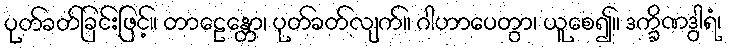
ပုတ်ခတ်ခြင်းဖြင့်။ တာဠေန္တော၊ ပုတ်ခတ်လျက်။ ဂါဟာပေတွာ၊ ယူစေ၍။ ဒက္ခိဏဒွါရံ၊